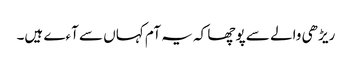
ریڑھی والے سے پوچھا کہ یہ آم کہاں سے آءے ہیں۔